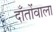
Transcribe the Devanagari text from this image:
दाँतोंवाला